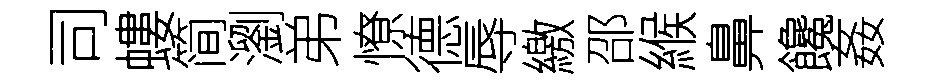
司螻简瀏弟憭德辱繳邵緱鼻饞姦